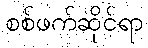
စစ်ဖက်ဆိုင်ရာ